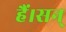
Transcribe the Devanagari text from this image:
हैं।सन्